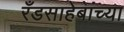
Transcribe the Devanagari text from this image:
रँडसाहेबांच्या